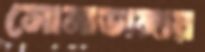
সোনাডাঙ্গায়